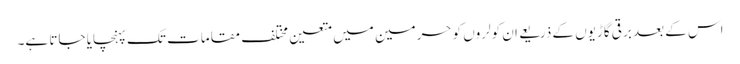
اس کے بعد برقی گاڑیوں کے ذریعے ان کولروں کو حرمین میں متعین مختلف مقامات تک پہنچایا جاتا ہے۔